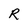
Character: R